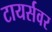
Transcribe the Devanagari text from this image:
टायर्सवर